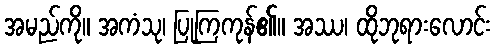
အမည်ကို။ အကံသု၊ ပြုကြကုန်၏။ အဿ၊ ထိုဘုရားလောင်း